Vaccination in the Punjab 1905-1918 - 1905-1918
Year: 1905
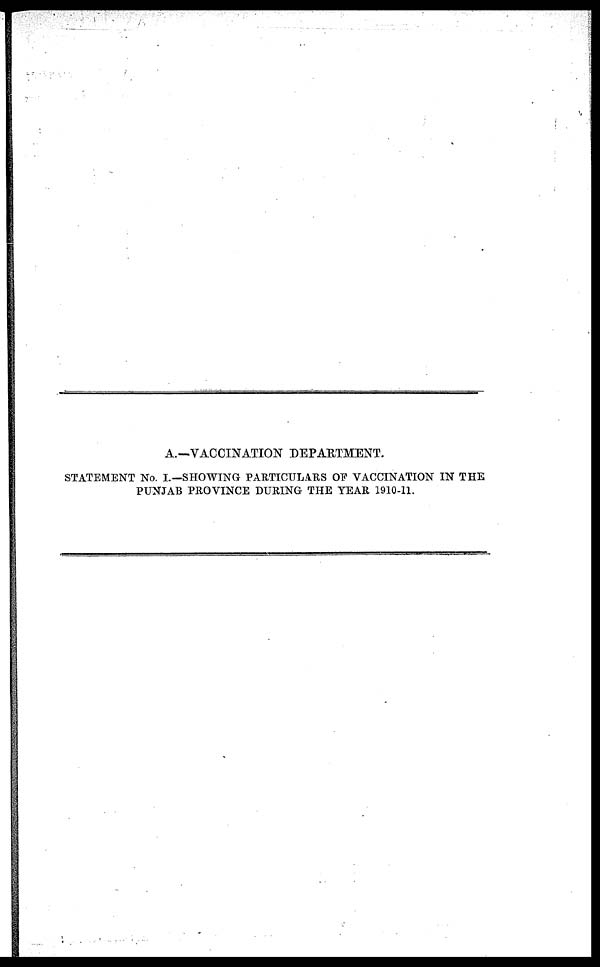
A.—VACCINATION DEPARTMENT.
STATEMENT No. I.—SHOWING PARTICULARS OF VACCINATION IN THE
PUNJAB PROVINCE DURING THE YEAR 1910-11.